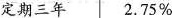
定期三年 2.75\%